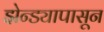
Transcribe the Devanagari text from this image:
झेन्ड्यापासून